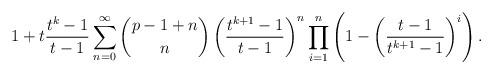
LaTeX: \begin{align*}1+ t\frac{t^k-1}{t-1}\sum_{n=0}^\infty \binom{p-1+n}{n}\left(\frac{t^{k+1}-1}{t-1}\right)^n \prod_{i=1}^n \left(1-\left(\frac{t-1}{t^{k+1}-1}\right)^i\right).\end{align*}